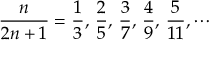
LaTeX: { \frac { n } { 2 n + 1 } } = { \frac { 1 } { 3 } } , \, { \frac { 2 } { 5 } } , \, { \frac { 3 } { 7 } } , \, { \frac { 4 } { 9 } } , \, { \frac { 5 } { 1 1 } } , \cdots